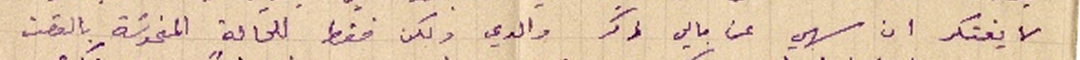
لا يفتكر ان سهي عن بالي ذكر والدي ولكن فقط للحالة المنحوسَة بالوقت